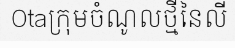
Otaក្រុមចំណូលថ្មីនៃលី